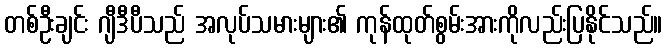
တစ်ဦးချင်း ဂျီဒီပီသည် အလုပ်သမားများ၏ ကုန်ထုတ်စွမ်းအားကိုလည်းပြနိုင်သည်။